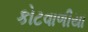
કોટવાળીયા